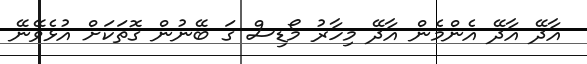
އާދޭ އާދޭ އެންމެން އާދޭ މިހާރު މޯޑިސް ގަ ބޭނުން ގޮތަކަށް އުޅެވޭނޭ